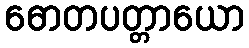
ဓောတပတ္တာယော